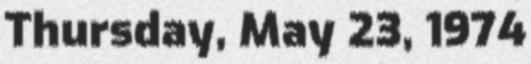
Thursday, May 23, 1974